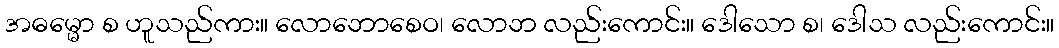
အဓမ္မော စ ဟူသည်ကား။ လောဘောစေဝ၊ လောဘ လည်းကောင်း။ ဒေါသော စ၊ ဒေါသ လည်းကောင်း။